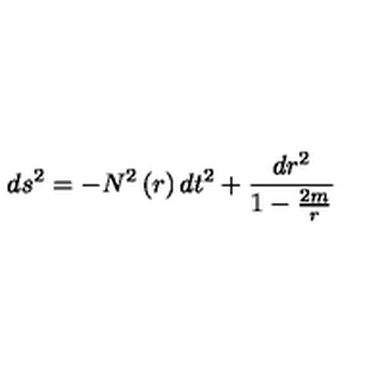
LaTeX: d s ^ { 2 } = - N ^ { 2 } \left( r \right) d t ^ { 2 } + \frac { d r ^ { 2 } } { 1 - \frac { 2 m } { r } }